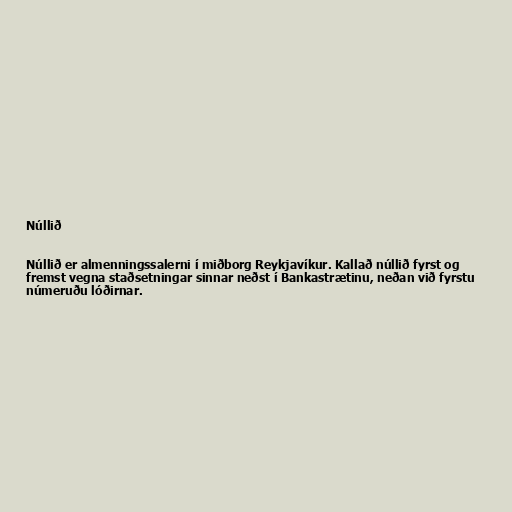
Núllið

Núllið er almenningssalerni í miðborg Reykjavíkur. Kallað núllið fyrst og
fremst vegna staðsetningar sinnar neðst í Bankastrætinu, neðan við fyrstu
númeruðu lóðirnar.